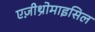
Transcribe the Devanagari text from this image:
एज़ीथ्रोमाइसिल